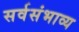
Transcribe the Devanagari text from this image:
सर्वसंभाव्य